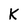
Character: K